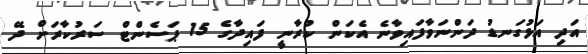
އަދި އަޅުގަނޑު ދަންނަވާފައިވާނެ އެކަން ކުރާނީ ފައިދާގެ 15 ޕަސެންޓް ސަރުކާރަށް ދޭ